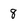
Character: 8